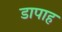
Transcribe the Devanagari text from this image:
डापाह